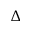
\Delta